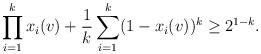
LaTeX: \begin{align*}\prod_{i=1}^k x_i(v)+ \frac 1k \sum_{i=1}^k (1-x_i(v))^k \geq 2^{1-k}.\end{align*}